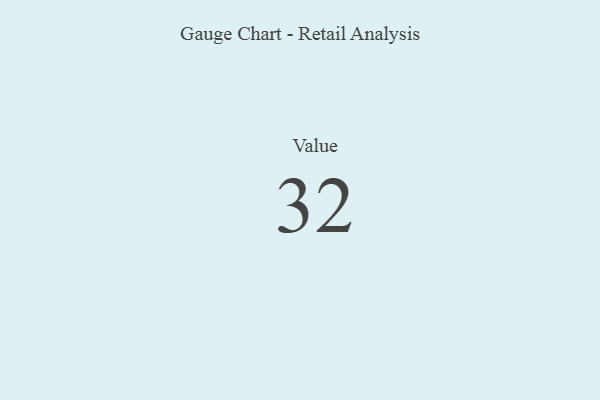
{"axis": {"x": "Metric", "y": "Value"}, "legend": [""], "data": [{"x": "Value", "y": 32, "type": ""}]}